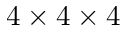
4 \times 4 \times 4